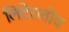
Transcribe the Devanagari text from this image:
लिटेरातोव